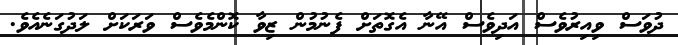
ދުވަސް ވިއިރުވެސް އަދިވެސް އޭނާ އެގޮތަށް ފެނުމުން ޒިވާ ކޮންމެވެސް ވަރަކަށް ލަދުގަނެއެވެ.